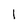
Character: 1